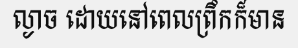
ល្ងាច ដោយនៅពេលព្រឹកក៏មាន